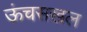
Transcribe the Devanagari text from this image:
ऊंचसखल